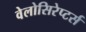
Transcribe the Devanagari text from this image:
वेलोसिरेप्‍टर्स